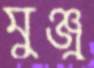
মুঞ্জু